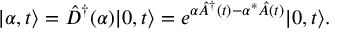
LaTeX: \vert \alpha , t \rangle = \hat { D } ^ { \dagger } ( \alpha ) \vert 0 , t \rangle = e ^ { \alpha \hat { A } ^ { \dagger } ( t ) - \alpha ^ { * } \hat { A } ( t ) } \vert 0 , t \rangle .